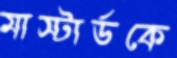
মাস্টার্ডকে